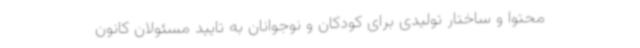
محتوا و ساختار تولیدی برای کودکان و نوجوانان به تایید مسئولان کانون